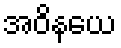
အဝိနယေ